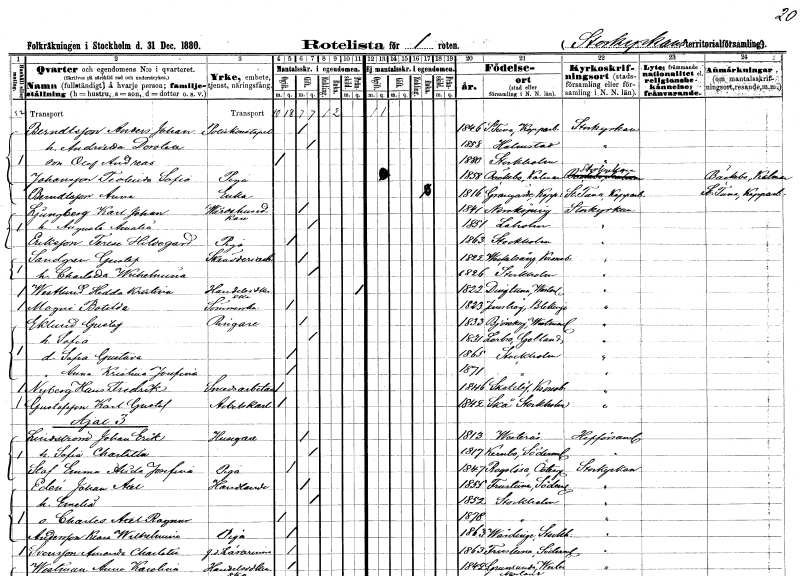
gt_parse: households: individuals: FN: Anders Johan
EN: Berndtsson
YRKE: Poliskonstapel
KON: M
CIV: G
FODAR: 1846
FODFORS: Stora Tuna Kopparbergs län
FN: Andrietta Dorotea
KON: K
CIV: G
FODAR: 1858
FODFORS: Halmstad Hallands län
FN: Olof Andreas
KON: M
CIV: O
FODAR: 1880
FODFORS: Stockholm
FN: Teolinda Sofia
EN: Johansson
YRKE: Piga
KON: K
CIV: O
FODAR: 1858
FODFORS: Bäckebo Kalmar län
FN: Anna
EN: Berndtsson
YRKE: Änka
KON: K
CIV: E
FODAR: 1816
FODFORS: Grangärde Kopparbergs län
FN: Karl Johan
EN: Ljungberg
YRKE: Värdshusidkare
KON: M
CIV: G
FODAR: 1841
FODFORS: Norrköping Östergötlands län
FN: Augusta Amalia
KON: K
CIV: G
FODAR: 1851
FODFORS: Laholm Hallands län
FN: Terese Hildegard
EN: Eriksson
YRKE: Piga
KON: K
CIV: O
FODAR: 1863
FODFORS: Stockholm
FN: Gustaf
EN: Sandgren
YRKE: Skrädderiarbetare
KON: M
CIV: G
FODAR: 1822
FODFORS: Väckelsång Kronobergs län
FN: Charlotta Wilhelmina
KON: K
CIV: G
FODAR: 1826
FODFORS: Stockholm
FN: Hedda Kristina
EN: Westlund
YRKE: Handelsidkerska
KON: K
CIV: X
FODAR: 1822
FODFORS: Dingtuna Västmanlands län
FN: Botilda
EN: Magni
YRKE: Sömmerska
KON: K
CIV: O
FODAR: 1823
FODFORS: Jämshög Blekinge län
FN: Gustaf
EN: Eklund
YRKE: Ringare
KON: M
CIV: G
FODAR: 1833
FODFORS: Björskog Västmanlands län
FN: Sofia
KON: K
CIV: G
FODAR: 1831
FODFORS: Lerbo Södermanlands län
FN: Sofia Gustava
KON: K
CIV: O
FODAR: 1865
FODFORS: Stockholm
FN: Anna Kristina Josefina
KON: K
CIV: O
FODAR: 1871
FODFORS: Stockholm
FN: Hans Fredrik
EN: Nyberg
YRKE: Smedsarbetare
KON: M
CIV: O
FODAR: 1846
FODFORS: Skatelöv Kronobergs län
FN: Karl Gustaf
EN: Gustafsson
YRKE: Arbetskarl
KON: M
CIV: O
FODAR: 1842
FODFORS: Skå Stockholms län
FN: Johan Erik
EN: Lindström
YRKE: Husägare
KON: M
CIV: G
FODAR: 1813
FODFORS: Västerås Västmanlands län
FN: Sofia Charlotta
KON: K
CIV: G
FODAR: 1817
FODFORS: Kärnbo Södermanlands län
FN: Emma Alida Josefina
EN: Staf
YRKE: Piga
KON: K
CIV: O
FODAR: 1847
FODFORS: Rogslösa Östergötlands län
FN: Johan Axel
EN: Edén
YRKE: Handlande
KON: M
CIV: G
FODAR: 1855
FODFORS: Frustuna Södermanlands län
FN: Emelia
KON: K
CIV: G
FODAR: 1852
FODFORS: Stockholm
FN: Charles Axel Ragnar
KON: M
CIV: O
FODAR: 1878
FODFORS: Stockholm
FN: Klara Wilhelmina
EN: Andersson
YRKE: Piga
KON: K
CIV: O
FODAR: 1863
FODFORS: Vårdinge Stockholms län